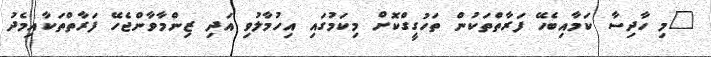
"މި ހާދިސާ ކަމާއިބެހޭ ފަރާތްތަކުން ތަހުގީގްކޮށް މިކަމުގައި އިހުމާލުވި އަދި ޒިންމާވާންޖެހޭ ފަރާތްތަކާއިމެދު